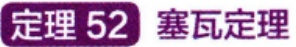
定理 52 塞瓦定理